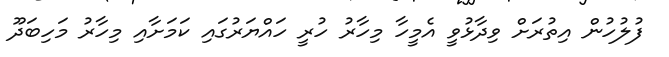
ފުލުހުން އިތުރަށް ވިދާޅުވީ އެމީހާ މިހާރު ހުރީ ހައްޔަރުގައި ކަމަށާއި މިހާރު މަހިބަދޫ